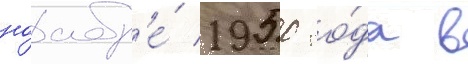
ноабр'е́ 1950 го́да в